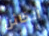
الخائن